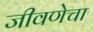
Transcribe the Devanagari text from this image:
जीवणेचा